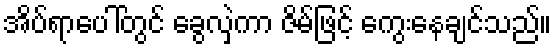
အိပ်ရာပေါ်တွင် ခွေလှဲကာ ဇိမ်ဖြင့် ကွေးနေချင်သည်။